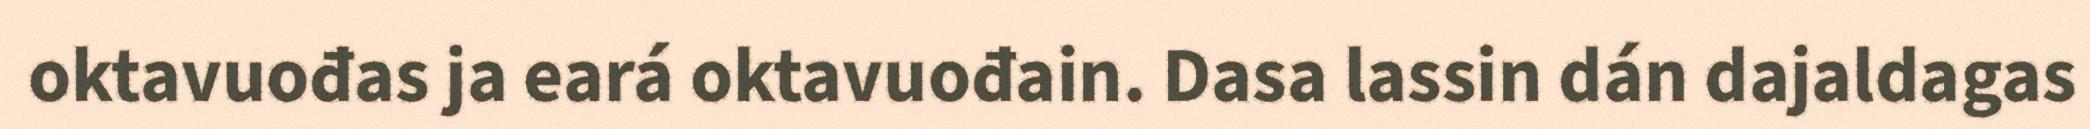
oktavuođas ja eará oktavuođain. Dasa lassin dán dajaldagas